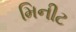
મિનીટ